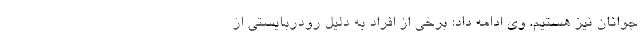
جوانان نیز هستیم. وی ادامه داد: برخی از افراد به دلیل رودربایستی از